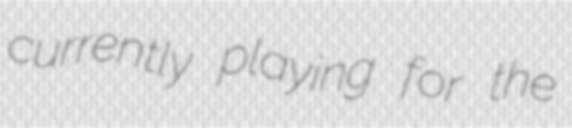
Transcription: currently playing for the